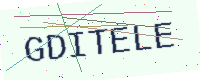
Text: GDITELE